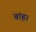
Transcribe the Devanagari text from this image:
बांह।